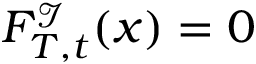
F _ { T , t } ^ { \mathcal { I } } ( x ) = 0